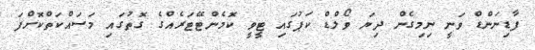
ފާޑިނަންޑް ވަނީ ނިމިގެން ދިޔަ ވޯލްޑް ކަޕުގައި ޓީވީ ކޮމެންޓޭޓަރެއްގެ ގޮތުގައި މަސައްކަތްކޮށްފަ